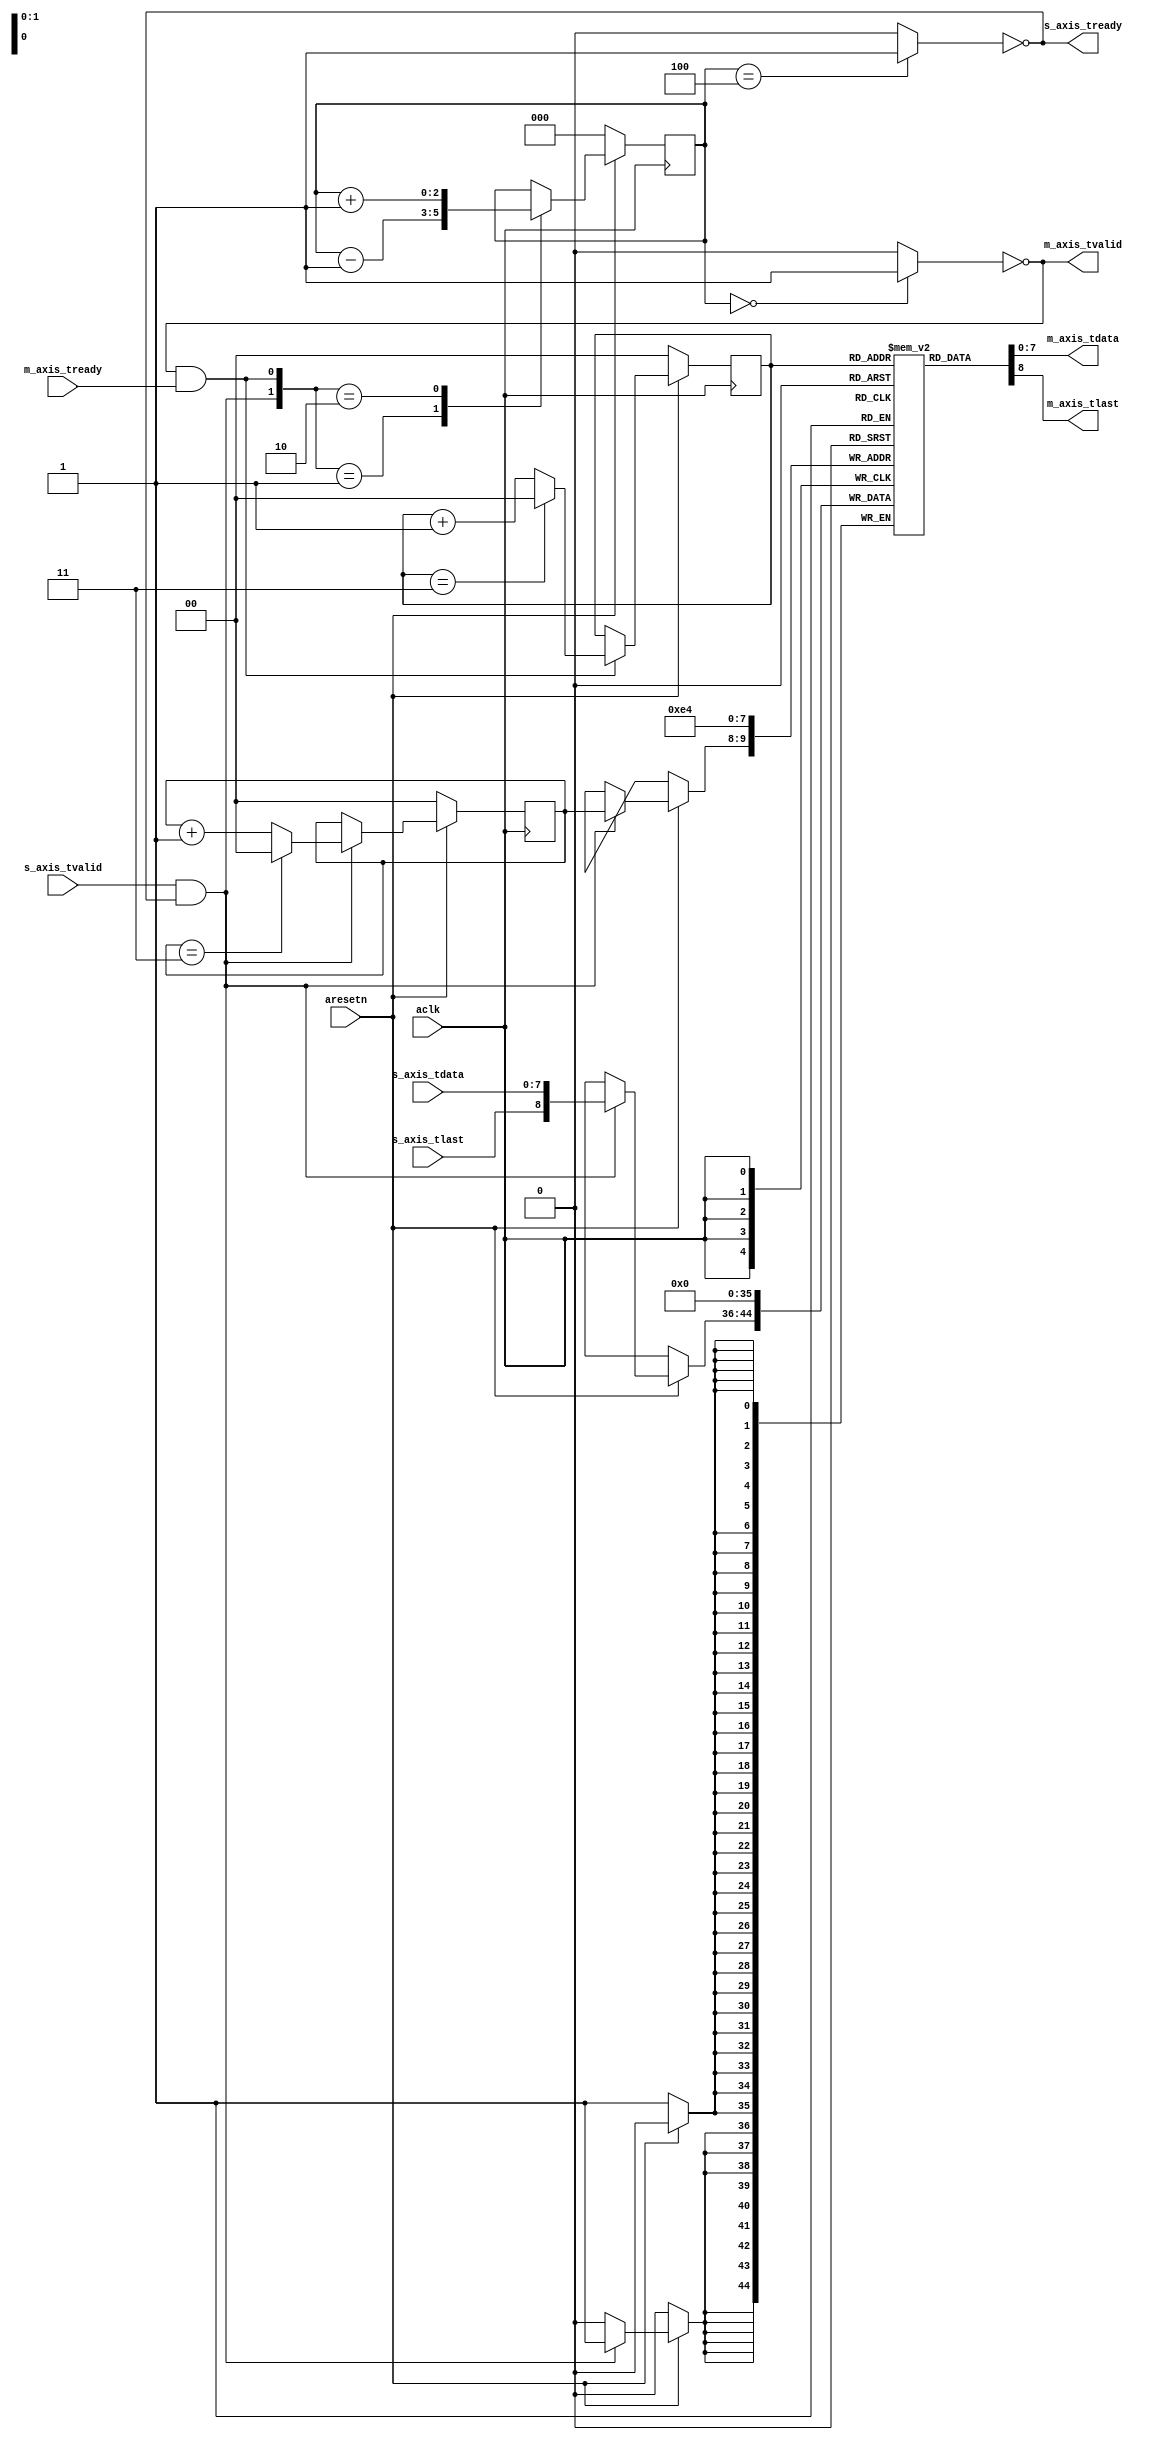
module mdma_fifo #(
    parameter DATA_WIDTH = 8,
    parameter DATA_DEPTH = 4
)
(
    input wire aclk,
    input wire aresetn,
	input wire [DATA_WIDTH-1:0]s_axis_tdata,
	input wire s_axis_tvalid,
	output wire s_axis_tready,
	input wire s_axis_tlast,
	output wire [DATA_WIDTH-1:0]m_axis_tdata,
	output wire m_axis_tvalid,
	input wire m_axis_tready,
	output wire m_axis_tlast
);

function integer clogb2;
    input [31:0]value;
    begin
        value = value - 1;
        for (clogb2 = 0; value > 0; clogb2 = clogb2 + 1) begin
            value = value >> 1;
        end
    end
endfunction

localparam CWIDTH = clogb2(DATA_DEPTH);

reg [DATA_WIDTH:0]data[DATA_DEPTH-1:0];
reg [CWIDTH:0]count;
reg [CWIDTH-1:0]tail;
reg [CWIDTH-1:0]head;

wire fifo_full;
wire fifo_empty;

wire fifo_wr;
wire fifo_rd;

wire [DATA_WIDTH:0]din;
wire [DATA_WIDTH:0]dout;

integer i;

assign din = {s_axis_tlast, s_axis_tdata};
assign dout = data[tail];

assign s_axis_tready = ~fifo_full;
assign m_axis_tdata = dout[DATA_WIDTH-1:0];
assign m_axis_tvalid = ~fifo_empty;
assign m_axis_tlast = dout[DATA_WIDTH];

assign fifo_full = (count == DATA_DEPTH) ? 1'b1 : 1'b0;
assign fifo_empty = (count == 0) ? 1'b1 : 1'b0;

assign fifo_wr = s_axis_tvalid & s_axis_tready;
assign fifo_rd = m_axis_tvalid & m_axis_tready;

always @(posedge aclk) begin
    if (aresetn == 1'b0) begin
        for (i = 0; i < DATA_DEPTH; i = i + 1) begin
            data[i] <= 0;
        end
        count <= 0;
        tail <= 0;
        head <= 0;
    end else begin
        if (fifo_wr) begin
            data[head] <= din;
            if (head == (DATA_DEPTH - 1)) begin
                head <= 0;
            end else begin
                head <= head + 1;
            end
        end
        
        if (fifo_rd) begin
            if (tail == (DATA_DEPTH - 1)) begin
                tail <= 0;
            end else begin
                tail <= tail + 1;
            end
        end
        
        case ({fifo_wr, fifo_rd})
            2'b01: count <= count - 1;
            2'b10: count <= count + 1;
            default: count <= count;
        endcase
    end
end
endmodule